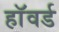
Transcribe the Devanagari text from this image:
हाॅवर्ड